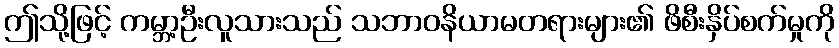
ဤသို့ဖြင့် ကမ္ဘာ့ဦးလူသားသည် သဘာဝနိယာမတရားများ၏ ဖိစီးနှိပ်စက်မှုကို